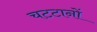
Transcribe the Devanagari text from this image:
चटटानों